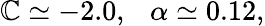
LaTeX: \mathbb{C}\simeq-2.0,\ \ \ \alpha\simeq0.12,